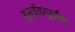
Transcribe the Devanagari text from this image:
मूर्खतापूर्वक